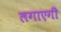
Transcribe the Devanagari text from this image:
लगाएगी